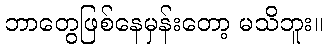
ဘာတွေဖြစ်နေမှန်းတော့ မသိဘူး။